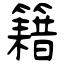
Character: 籍